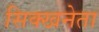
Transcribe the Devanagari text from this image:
सिक्खनेता